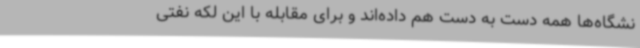
نشگاه‌ها همه دست به دست هم داده‌اند و برای مقابله با این لکه نفتی